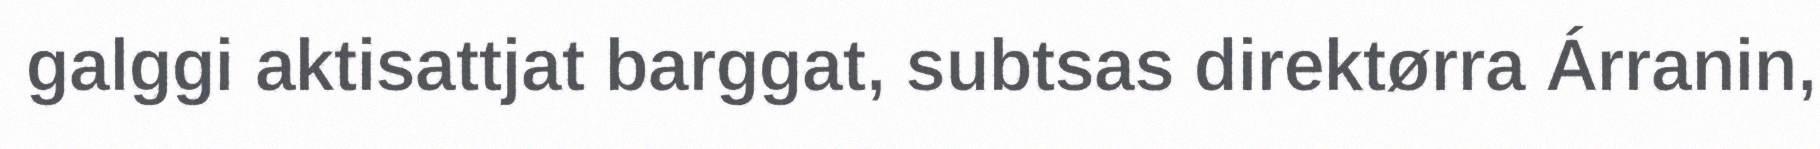
galggi aktisattjat barggat, subtsas direktørra Árranin,